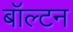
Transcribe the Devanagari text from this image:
बॉल्टन